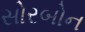
સોરબોન